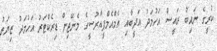
ކުރީގެ ނައިބު ރައީސް އަހުމަދު އަދީބާއި އެމްއެމްޕީއާރުސީގެ މެނޭޖިން ޑިރެކްޓަރު އަހުމަދު ޒިޔަތު